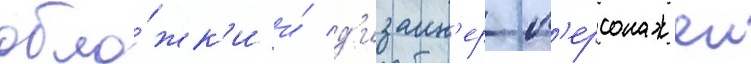
обло́жк'и и́ д'изаин'ер п'ерсонажеи